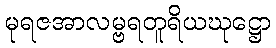
မုရဇအာလမ္ဗရတူရိယဃုဋ္ဌော